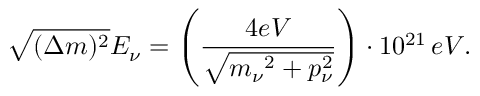
\sqrt { ( \Delta m ) ^ { 2 } } { { E _ { \nu } = { \left( \frac { 4 e V } { \sqrt { { { m _ { \nu } } ^ { 2 } + { p _ { \nu } ^ { 2 } } } } } \right) } \cdot 1 0 ^ { 2 1 } \, e V . } \nonumber }